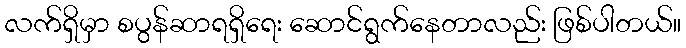
လက်ရှိမှာ စပွန်ဆာရရှိရေး ဆောင်ရွက်နေတာလည်း ဖြစ်ပါတယ်။